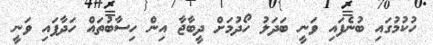
ހުކުމުގައި ބުނެފައި ވަނީ ބަދަލު ހޯދުމަށް ދީބާޖާ އިން ހިސާބުތައް ހަދާފައި ވަނީ